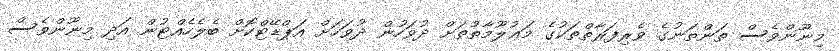
މިނޫންވެސް ތަންތަނުގެ ވެރިފަރާތްތަކުގެ މަޢުލޫމާތުތަށް ދުވަހުން ދުވަހަށް އަޕްޑޭޓްކޮށް ބެލެހެއްޓުން އަދި މިނޫންވެސް